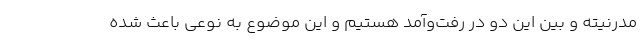
مدرنیته و بین این دو در رفت‌وآمد هستیم و این موضوع به نوعی باعث شده